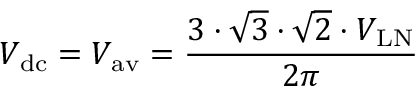
V _ { \mathrm { d c } } = V _ { \mathrm { a v } } = { \frac { 3 \cdot { \sqrt { 3 } } \cdot { \sqrt { 2 } } \cdot V _ { \mathrm { L N } } } { 2 \pi } }